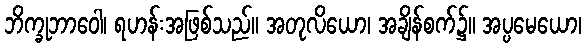
ဘိက္ခုဘာဝေါ၊ ရဟန်းအဖြစ်သည်။ အတုလိယော၊ အချိန်စက်၌။ အပ္ပမေယော၊